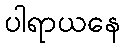
ပါရာယနေ